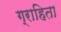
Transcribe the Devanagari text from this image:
ग्राहिता